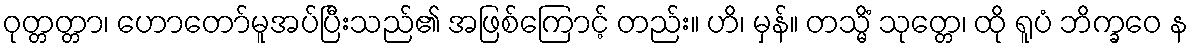
ဝုတ္တတ္တာ၊ ဟောတော်မူအပ်ပြီးသည်၏ အဖြစ်ကြောင့် တည်း။ ဟိ၊ မှန်။ တသ္မိံ သုတ္တေ၊ ထို ရူပံ ဘိက္ခဝေ န